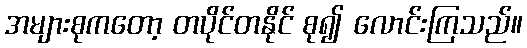
အများစုကတော့ တပိုင်တနိုင် စု၍ လောင်းကြသည်။